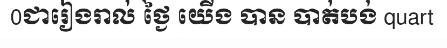
0ជារៀងរាល់ ថ្ងៃ យើង បាន បាត់បង់ quart